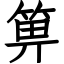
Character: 箅